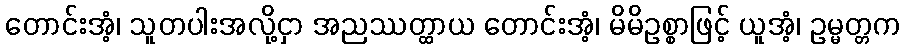
တောင်းအံ့၊ သူတပါးအလို့ငှာ အညဿတ္ထာယ တောင်းအံ့၊ မိမိဥစ္စာဖြင့် ယူအံ့၊ ဥမ္မတ္တက